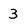
Character: 3